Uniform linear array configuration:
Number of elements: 4
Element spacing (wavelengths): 0.25
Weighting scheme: exponential
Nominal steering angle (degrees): -15
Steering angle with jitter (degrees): -14.673
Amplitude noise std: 0.05
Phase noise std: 0.05

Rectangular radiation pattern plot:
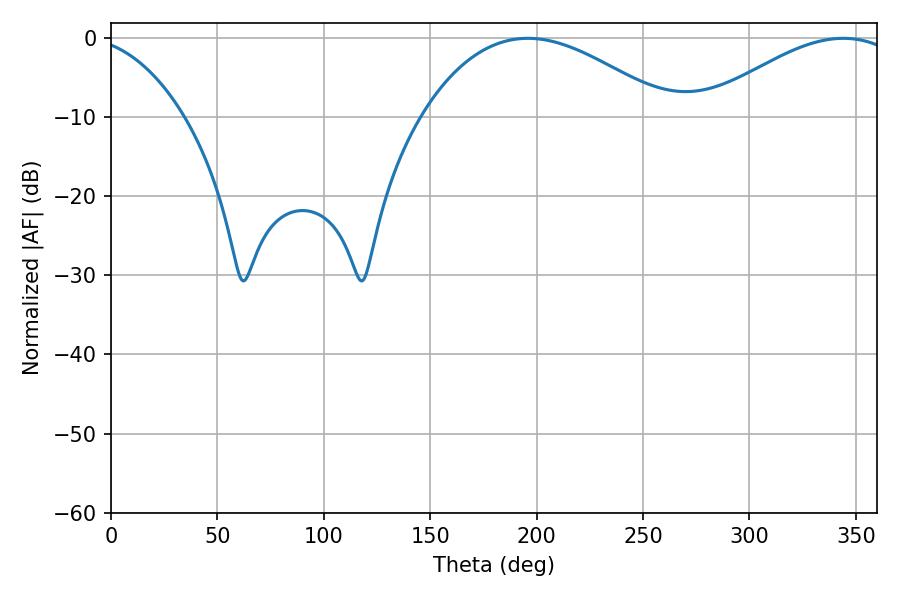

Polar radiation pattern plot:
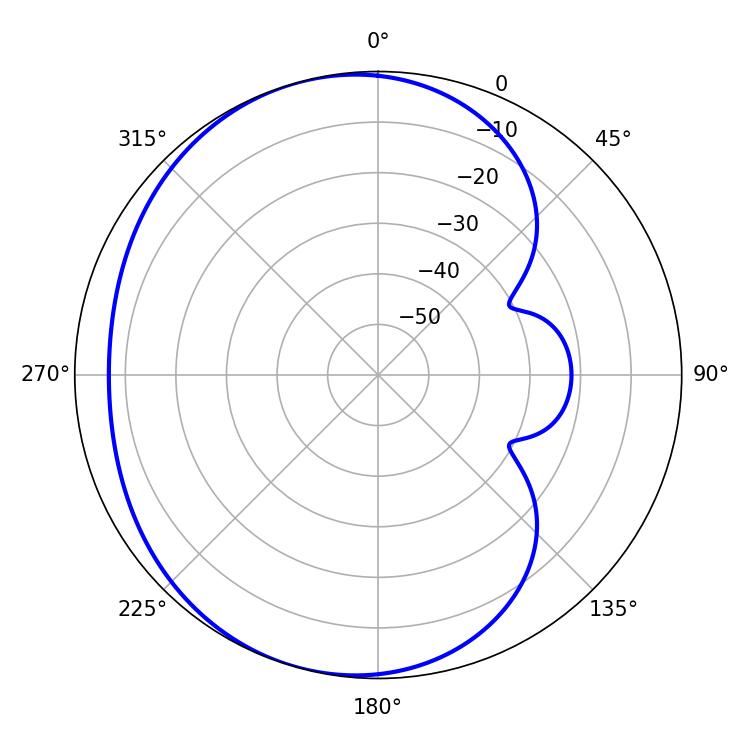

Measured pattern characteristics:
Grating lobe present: FALSE
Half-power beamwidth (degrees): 64.26
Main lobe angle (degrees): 195.84